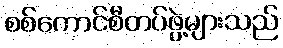
စစ်ကောင်စီတပ်ဖွဲ့များသည်